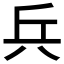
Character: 𠔊